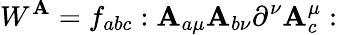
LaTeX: W^{\mathbf{A}}=f_{abc}:\mathbf{A}_{a\mu}\mathbf{A}_{b\nu}\partial^{\nu}\mathbf{A}_{c}^{\mu}: